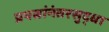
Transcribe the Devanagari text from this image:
प्रयत्नांनंतरसुद्धा